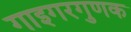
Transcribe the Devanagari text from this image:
गाइगरगुणक